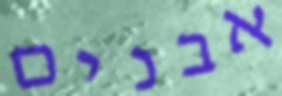
אבנים